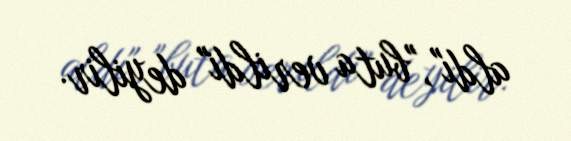
aldı", "buta verildi" deyilir.